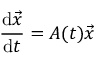
\frac { \mathrm { d } \vec { x } } { \mathrm { d } t } = A ( t ) \vec { x }